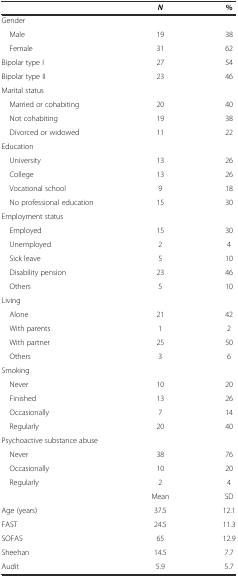
|  | N | % |
 | --- | --- | --- |
 | Gender |  |  |
 | Male | 19 | 38 |
 | Female | 31 | 62 |
 | Bipolar type I | 27 | 54 |
 | Bipolar type II | 23 | 46 |
 | Marital status |  |  |
 | Married or cohabiting | 20 | 40 |
 | Not cohabiting | 19 | 38 |
 | Divorced or widowed | 11 | 22 |
 | Education |  |  |
 | University | 13 | 26 |
 | College | 13 | 26 |
 | Vocational school | 9 | 18 |
 | No professional education | 15 | 30 |
 | Employment status |  |  |
 | Employed | 15 | 30 |
 | Unemployed | 2 | 4 |
 | Sick leave | 5 | 10 |
 | Disability pension | 23 | 46 |
 | Others | 5 | 10 |
 | Living |  |  |
 | Alone | 21 | 42 |
 | With parents | 1 | 2 |
 | With partner | 25 | 50 |
 | Others | 3 | 6 |
 | Smoking |  |  |
 | Never | 10 | 20 |
 | Finished | 13 | 26 |
 | Occasionally | 7 | 14 |
 | Regularly | 20 | 40 |
 | Psychoactive substance abuse |  |  |
 | Never | 38 | 76 |
 | Occasionally | 10 | 20 |
 | Regularly | 2 | 4 |
 |  | Mean | SD |
 | Age (years) | 37.5 | 12.1 |
 | FAST | 24.5 | 11.3 |
 | SOFAS | 65 | 12.9 |
 | Sheehan | 14.5 | 7.7 |
 | Audit | 5.9 | 5.7 |